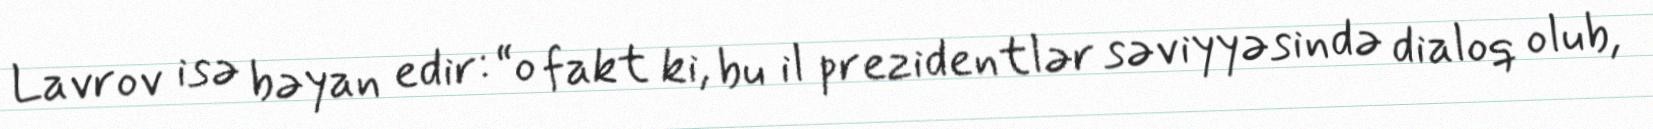
Lavrov isə bəyan edir: “o fakt ki, bu il prezidentlər səviyyəsində dialoq olub,